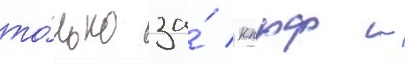
то́лько за́ кпрф -